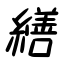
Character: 繕